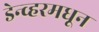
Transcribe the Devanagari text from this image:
डेन्व्हरमधून